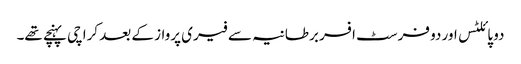
دو پائلٹس اور دو فرسٹ افسر برطانیہ سے فیری پرواز کے بعد کراچی پہنچے تھے۔